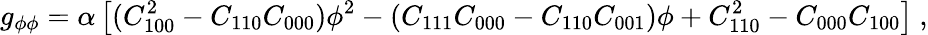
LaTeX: g_{\phi\phi}=\alpha\left[(C_{100}^{2}-C_{110}C_{000})\phi^{2}-(C_{111}C_{000}-C_{110}C_{001})\phi+C_{110}^{2}-C_{000}C_{100}\right]\ ,